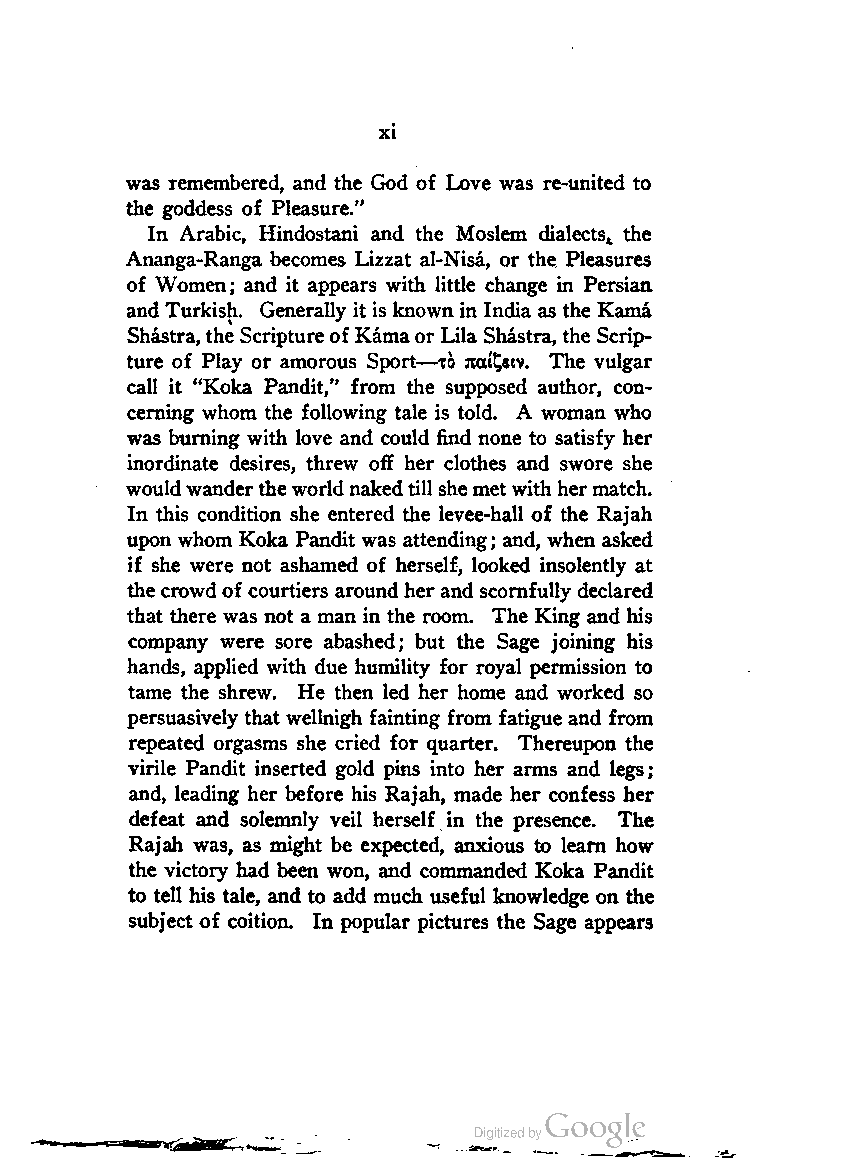
xi
 was remembered, and the God of Love was re-united to
 the goddess of Pleasure."
 In Arabic, Hindostani and the Moslem dialects! the
 Ananga-Ranga becomes Lizzat al-Nisa, or the Pleasures
 of Women; and it appears with little change in Persian
 and Turkish. Generally it is known in India as the Kama
 Shastra,the Scriptureof Kamaor Lila Shastra, the Scrip
 ture of Play or amorous Sport—to Jtat'£«tv. The vulgar
 call it "Koka Pandit," from the supposed author, con
 cerning whom the following tale is told. A woman who
 was burning with love and could find none to satisfy her
 inordinate desires, threw off her clothes and swore she
 wouldwandertheworldnakedtill shemetwithhermatch.
 In this condition she entered the levee-hall of the Rajah
 upon whom Koka Pandit was attending; and, when asked
 if she were not ashamed of herself, looked insolently at
 the crowd of courtiers aroundher and scornfully declared
 that there was not a man in the room. The King and his
 company were sore abashed; but the Sage joining his
 hands, applied with due humility for royal permission to
 tame the shrew. He then led her home and worked so
 persuasively that wellnigh fainting from fatigue and from
 repeated orgasms she cried for quarter. Thereupon the
 virile Pandit inserted gold pins into her arms and legs;
 and, leading her before his Rajah, made her confess her
 defeat and solemnly veil herself in the presence. The
 Rajall was, as might be expected, anxious to learn how
 the victory had been won, and commanded Koka Pandit
 to tell his tale, and to add much useful knowledge on the
 subject of coition. In popular pictures the Sage appears